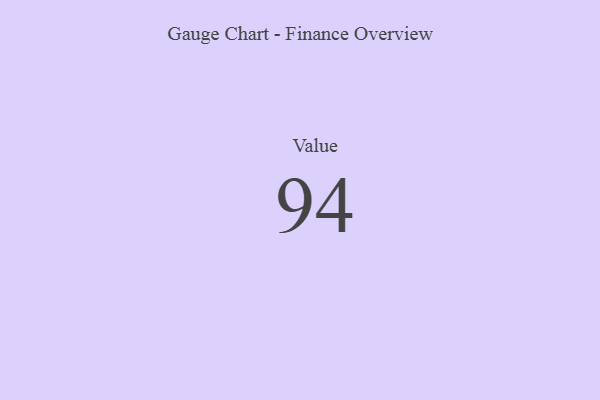
{"axis": {"x": "Metric", "y": "Value"}, "legend": [""], "data": [{"x": "Value", "y": 94, "type": ""}]}